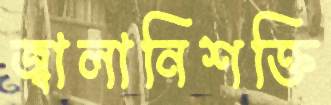
জ্বালানিশক্তি